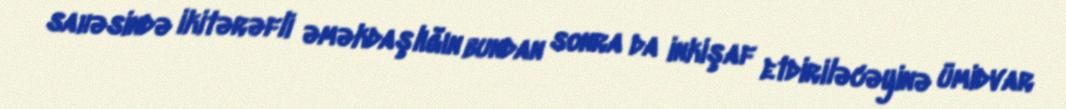
sahəsində ikitərəfli əməkdaşlığın bundan sonra da inkişaf etdiriləcəyinə ümidvar